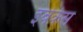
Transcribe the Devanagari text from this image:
इवेर्कस